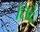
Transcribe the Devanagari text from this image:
तिहूँ